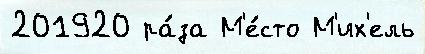
201920 ра́за М'е́сто М'их'ель